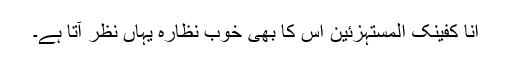
اِنَّا کَفَیْنٰکَ الْمُسْتَہْزِئِیْنَ اس کا بھی خوب نظارہ یہاں نظر آتا ہے۔